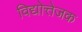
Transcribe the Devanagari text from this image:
विद्योत्तेजक